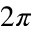
2 \pi